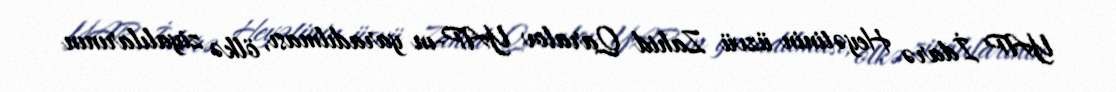
YAP İdarə Heyətinin üzvü Zahid Qaralov YAP-ın yaradılması, ölkə ziyalılarının